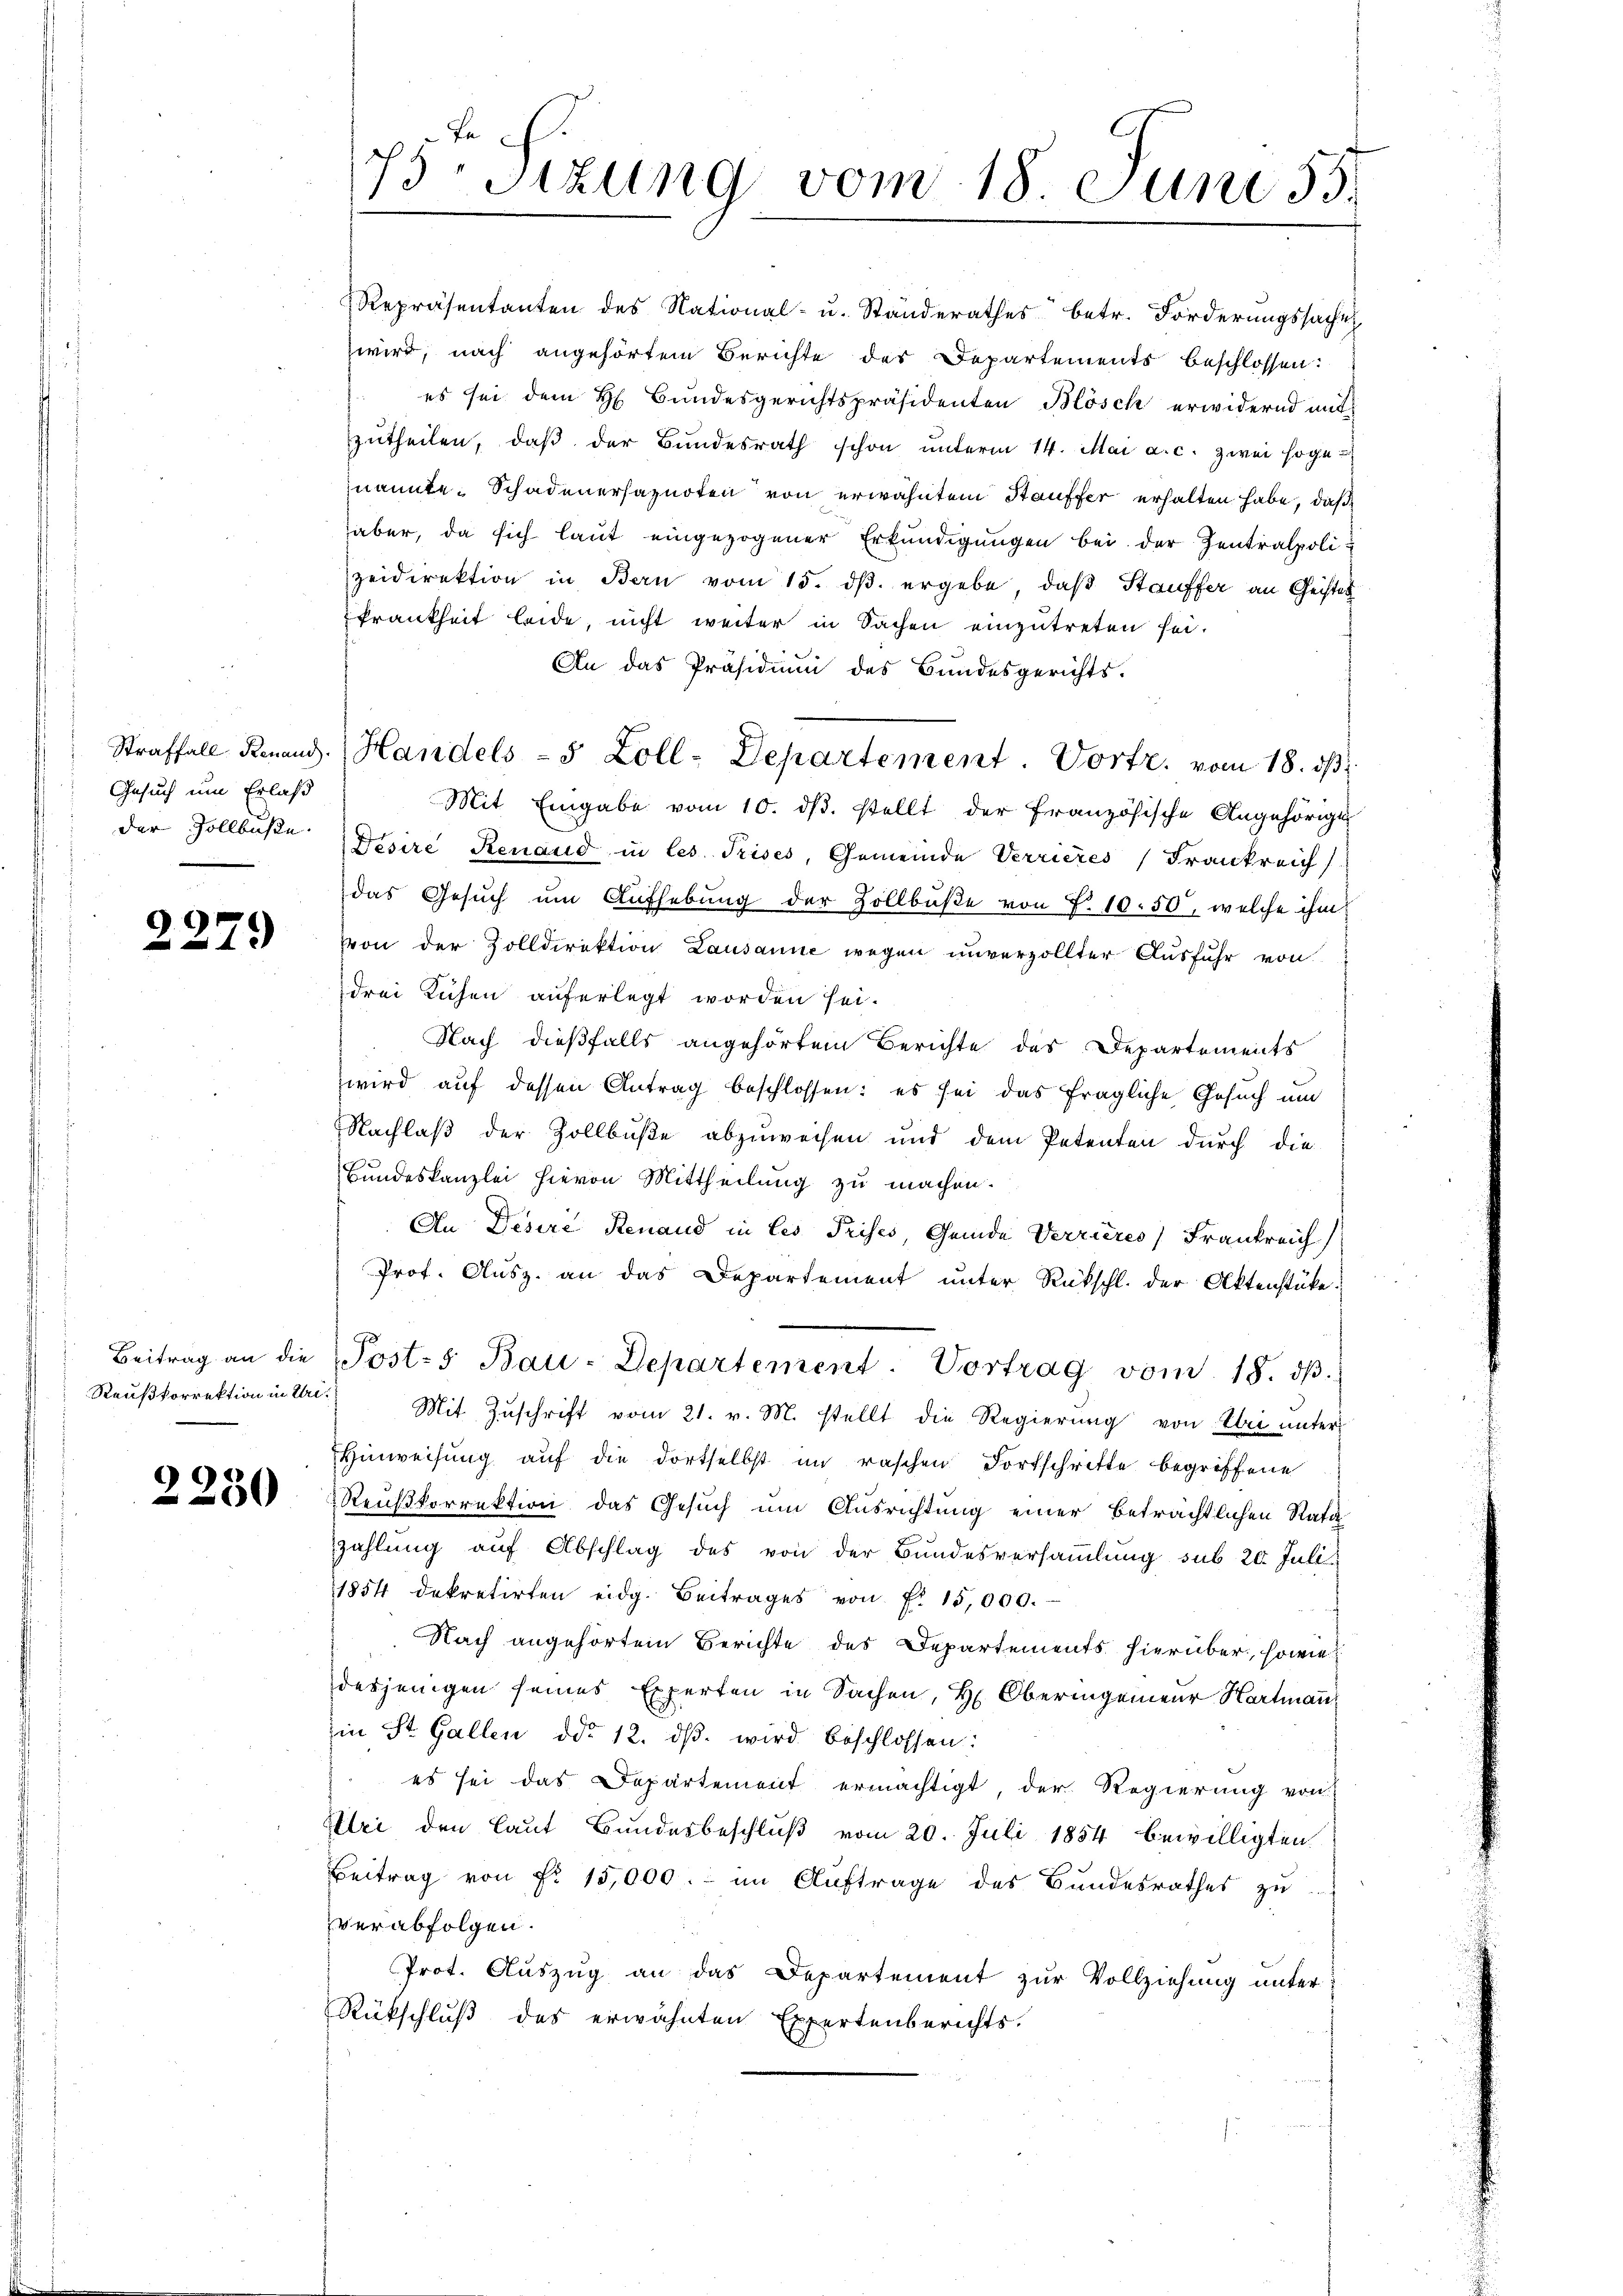
Gesuch um Erlaß
der Zollbuße.

2279

Beitrag an die
Raußkorrektion in Uri.

2230

krankheit leide, nicht weiter in Sachen einzutreten sei.
An das Präsidiŭm des Bundesgerichts-
Mit Eingabe vom 10. ds. stellt der Französische Angehörige
Disire Renaud in les Prises, Gemeinde Verrieres Frankreich
das Gesuch um Aufhebung der Zollbüβe von L. 10. 50, welche ihm
von der Zolldirektion Lausanne wegen unverzollter Ausfuhr von
drei Kuchen auferlegt worden sei.
Nach dießfalls angehörtem Berichte des Departements
wird auf dessen Antrag beschlossen: es sei das fragliche Gesuch um
Nachlaß der Zollbuße abzuweisen und dem Petenten durch die
Bundeskanzlei hievon Mittheilung zu machen.
An Desere Renaud in les Prises, Gemde Verrieres Frankreich
Prof. Ausz. an das Departement unter Rückschl. der Aktenstücke.
Posts Bau-Departement. Vortrag vom 18. dβ.
Mit Zŭschrift vom 21. v. M. stellt die Regierŭng von Uri unter-
Hinweisung auf die dortselbst im raschen Fortschritte begriffene
 Reußkorrektion das Gesuch um Ausrichtung einer beträchtlichen Rata
zzahlung auf Abschlag des von der Bundesversammlung sub 20. Juli
1854 dekretirten eidg. Beitrages von fl. 15,000.
Nach angehörtem Berichte des Departements hierüber, sowie
desjenigen seines Experten in Sachen, Hr. Oberingenieur Hartmann
in St. Gallen ddo 12. dβ wird beschlossen:
es sei das Departement ermächtigt, der Regierung von
Uri den laut Bundesbeschluß vom 20. Juli 1854 bewilligten
Beitrag von Fr. 15,000.- im Auftrage des Bundesrathes zu
verabfolgen.
Prot. Auszug an das Departement zur Vollziehung unter
Rückschluß des erwähnten Expertenberichts-

75. Sitzung vom 18. Juni 55.

Repräsentanten des National- u. Ständerathes betr. Förderungssache
wird, nach angehörtem Berichte des Departements beschlossen:
es sei dem H. Bundesgerichtspräsidenten Blösch erwidernd mit
zŭtheilen, daβ der Bundesrath schon unterm 14. Mai a. c. zwei sogenannte. Schadenerhaznoten von erwähntem Stauffer erhalten habe, daß
aber, da sich laut eingezogener Erkundigungen bei der Zentralpolizeidirektion in Bern vom 15. dβ. ergebe, daß Stauffer an Geistes

Straffall Renand. Handels- 5 Zoll-Departement. Vortr. vom 18. dβ